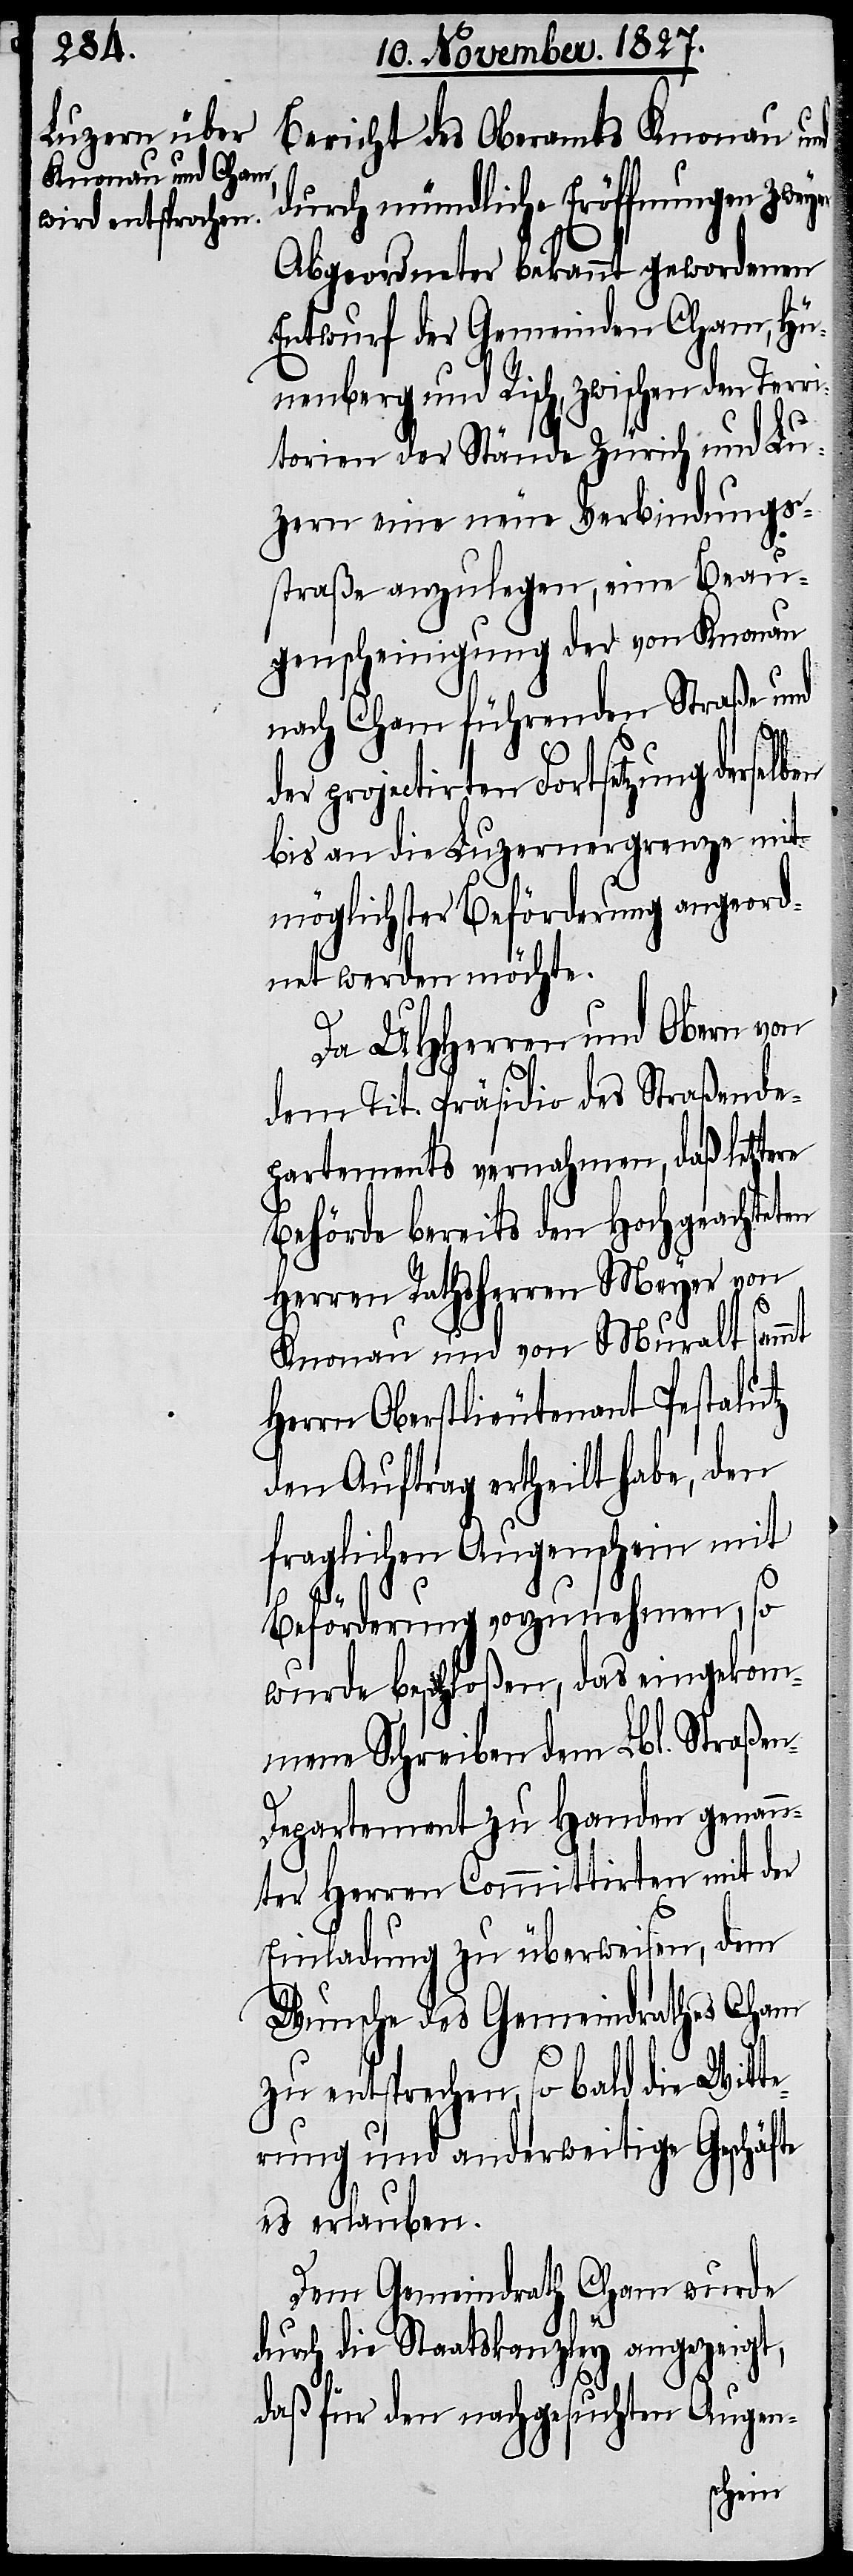
Bericht des Oberamtes Knonau und
durch mündliche Eröffnung zweyer
Abgeordneter bekannt gewordenen
Entwurf der Gemeinden Cham, Hü¬
nenberg und Risch, zwischen den Terri¬
torien der Stände Zürich und Lu¬
zern eine neue Verbindungs¬
straße anzulegen, eine Beau¬
genscheinigung der von Knonau
nach Cham führenden Straße und
n-D¬
der projectirten Fortsetzung derselb¬
bis an die Luzernergrenze mit
möglichster Beförderung angeord¬
net werden möchte.
Da UHHerren und Obern von
dem Tit. Präsidio des Straßende¬
partements vernahmen, daß letztere
Behörde bereits den Hochgeachten
Herren Rathsherrn Meyer von
Knonau und von Muralt sammt
Herrn Oberstlieutenant Pestalutz
den Auftrag ertheilt habe, den
fraglichen Augenschein mit
Beförderung vorzunehmen, so
wurde beschloßen, das eingekom¬
mene Schreiben dem Lbl. Straße¬
epartement zu Handen genann¬
ter Herren Committirten mit der
Einladung zu überweisen, dem
Wunsche des Gemeindrathes Cham
zu entsprechen, so bald die Witt¬
erung und anderweitige Geschäfte
es erlauben.
Dem Gemeindrath Cham wurde
durch die Staatskanzley angezeigt,
daß für den nachgesuchten Augen-